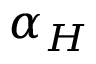
\boldsymbol { \alpha } _ { H }